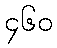
၄၆၀